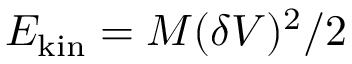
E _ { \mathrm { k i n } } = M ( \delta V ) ^ { 2 } / 2